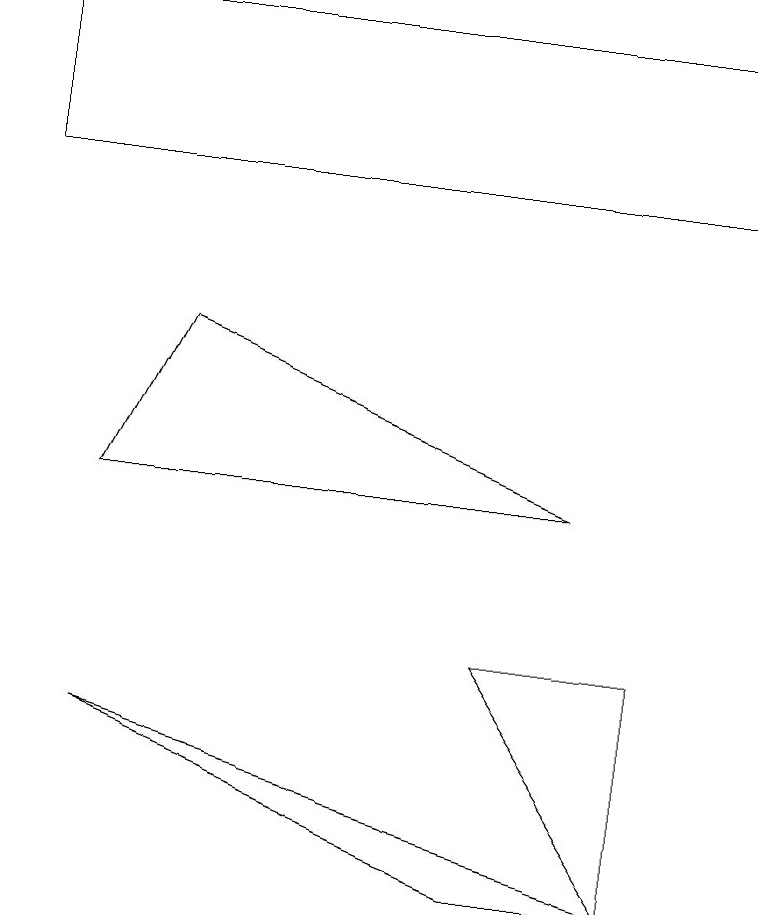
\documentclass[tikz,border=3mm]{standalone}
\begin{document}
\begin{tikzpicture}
\draw (6,2) -- (1,4) -- (8,2) -- cycle;
\draw (7,7) -- (1,7) -- (2,9) -- cycle;
\draw (6,5) -- (8,2) -- (8,5) -- cycle;
\draw (0,11) rectangle (9,13);
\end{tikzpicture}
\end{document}